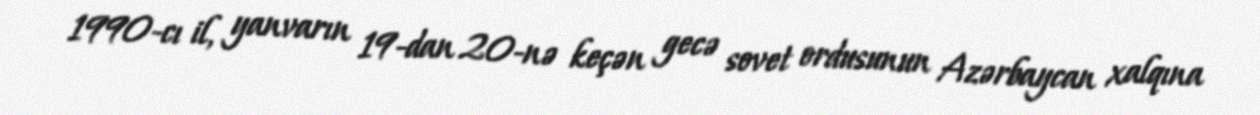
1990-cı il, yanvarın 19-dan 20-nə keçən gecə sovet ordusunun Azərbaycan xalqına